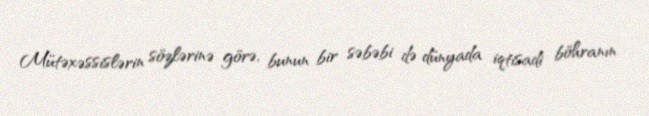
Mütəxəssislərin sözlərinə görə, bunun bir səbəbi də dünyada iqtisadi böhranın